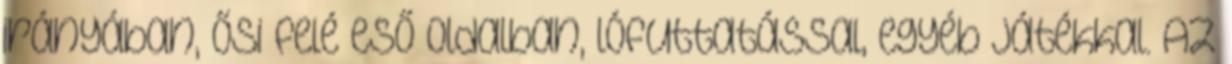
irányában, Ősi felé eső oldalban, lófuttatással, egyéb játékkal. Az